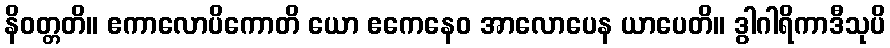
နိဝတ္တတိ။ ဧကာလောပိကောတိ ယော ဧကေနေဝ အာလောပေန ယာပေတိ။ ဒွါဂါရိကာဒီသုပိ